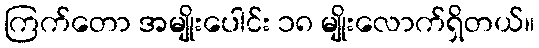
ကြက်တော အမျိုးပေါင်း ၁၈ မျိုးလောက်ရှိတယ်။